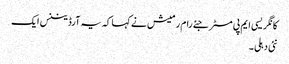
کانگریسی ایم پی مسٹر جئے رام رمیش نے کہا کہ یہ آرڈیننس ایک
نئی دہلی ۔